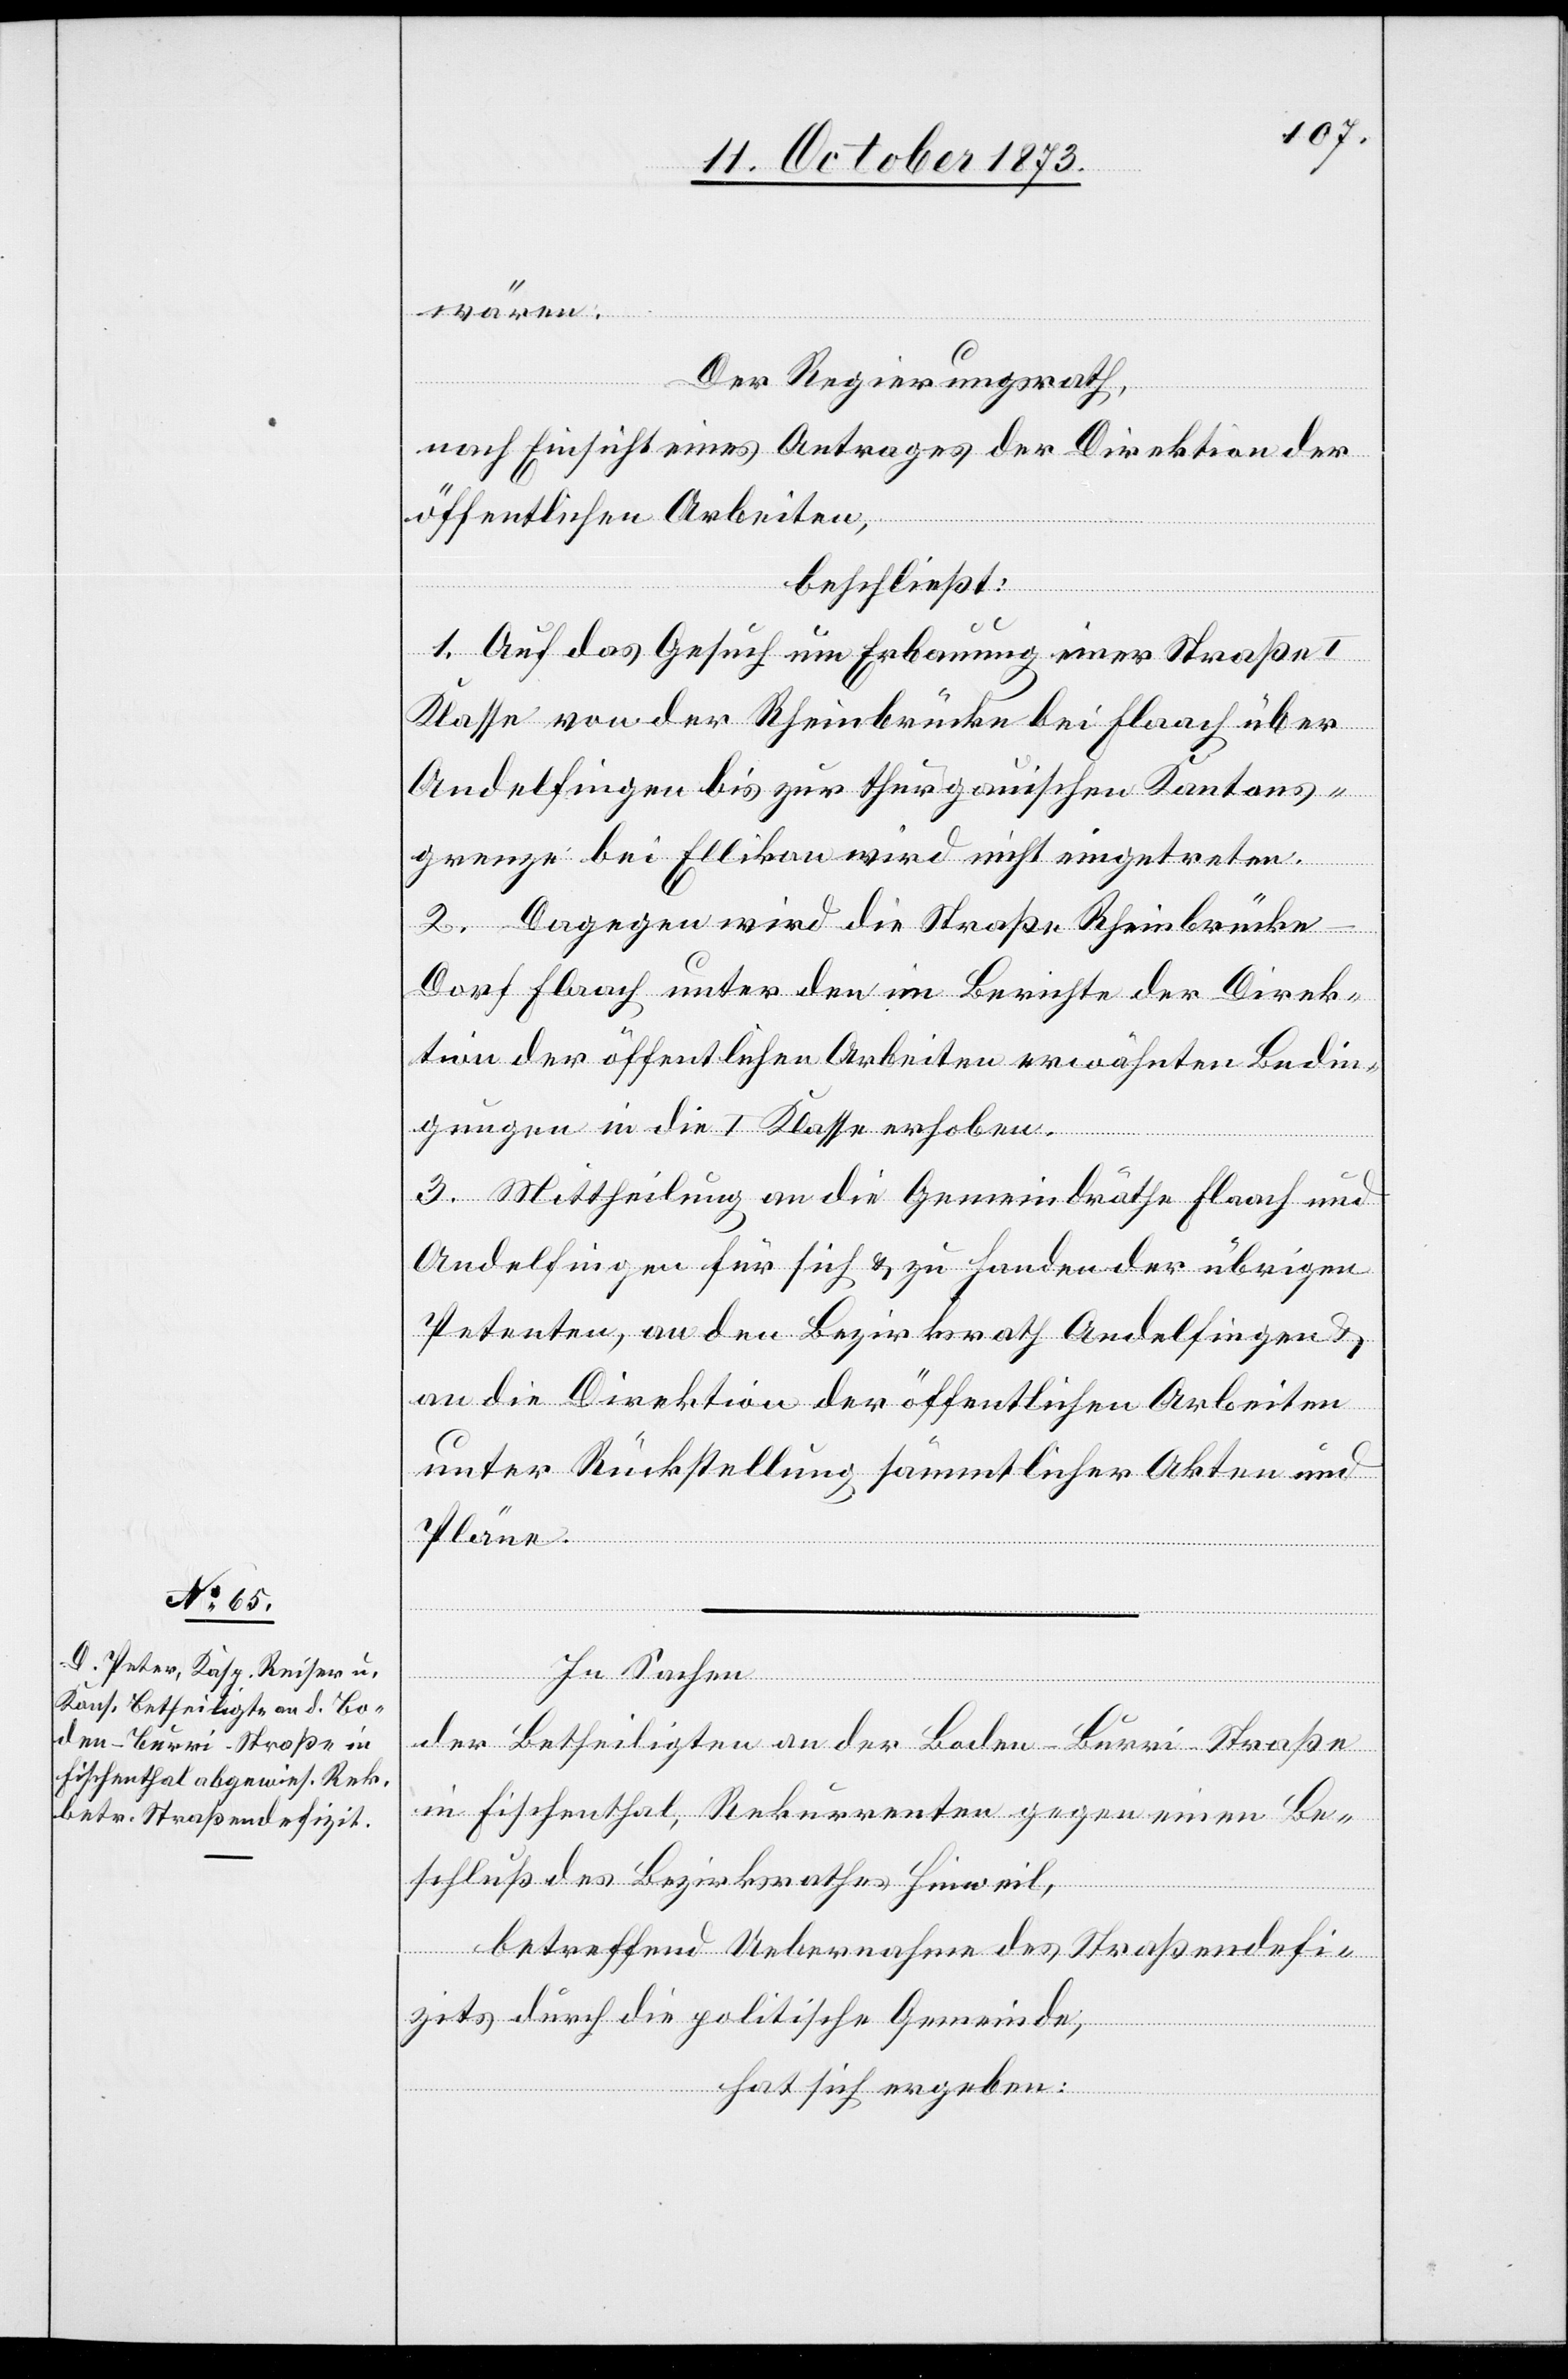
In Sachen
der Betheiligten an der Boden–Burri-Straße
in Fischenthal, Rekurrenten gegen einen Be¬
schluß des Bezirksrathes Hinweil,
betreffend Uebernahme des Straßendefi¬
zits durch die politische Gemeinde,
hat sich ergeben: